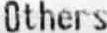
OTHERS